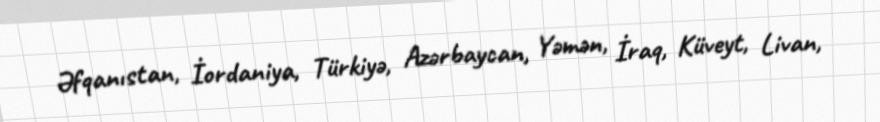
Əfqanıstan, İordaniya, Türkiyə, Azərbaycan, Yəmən, İraq, Küveyt, Livan,